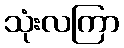
သုံးလကြာ